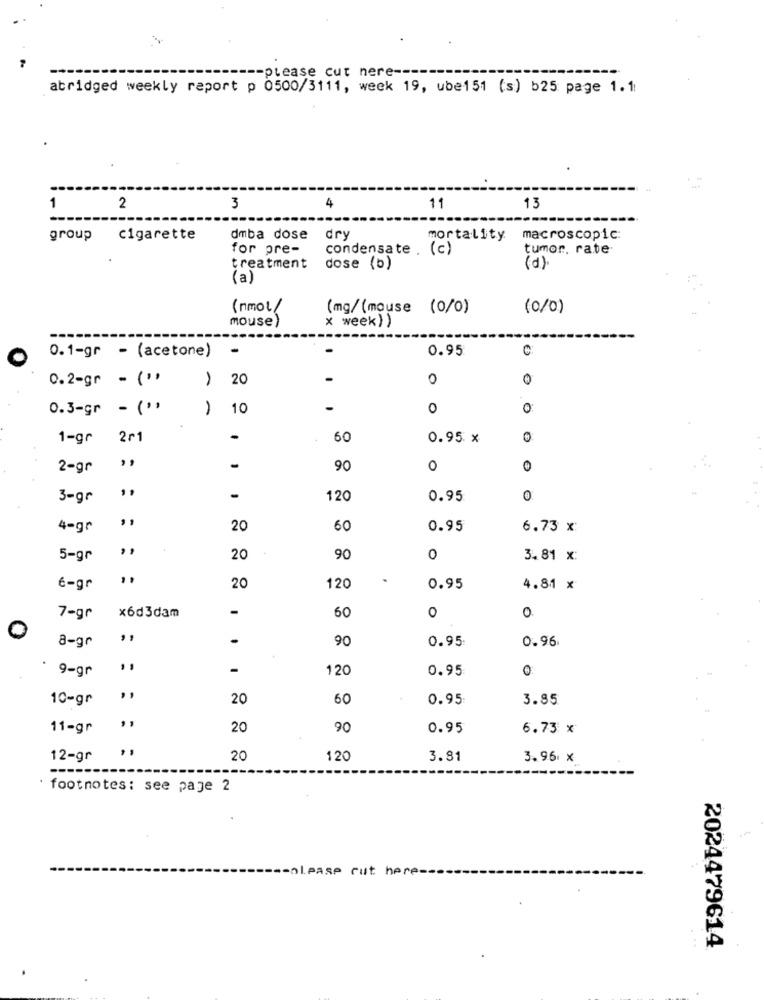
-- please cut nere --
abridged weekly report p 0500/3111, week 19, ube151 (s) b25 page 1.1
1
2
3
4
11
13
group cigarette
dmba dose
dry
mortality
macroscopic:
for pre-
condensate . (c)
tumor. rate
treatment
dose (b)
(d)
(a)
(nmol/
(mg/(mouse (0/0)
(0/0)
mouse)
x week) )
-
0.95
C
0.1-gr - (acetone)
0.2-gr - (",
, 20
0
0
0.3-gr - (",
1
10
-
0
0
1-gr
251
60
0.95 x
0
,,
2-gr
-
90
0
0
3-gr
-
-
120
0.95
0
4-gr
20
60
0.95
6.73 x:
,,
5-gr
20
90
0
3.81 x:
6-gr
20
120
0.95
4.81 x
-
60
7-gr
×6₫3dam
0
0
0
-
90
0.95
0.96
8-gr
9-gr
-
120
0.95
0
10-gr
,,
20
60
0.95
3.85
11-gr
20
90
0.95
6.73 x
12-gr
20
120
3.81
3.96 x
· footnotes: see page 2
-olease cut here-
2024479614